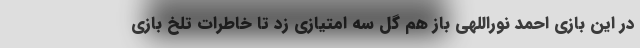
در این بازی احمد نوراللهی باز هم گل سه امتیازی زد تا خاطرات تلخ بازی